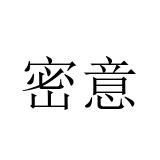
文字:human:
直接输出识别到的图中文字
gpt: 密意